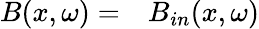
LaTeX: \begin{array}{rl}{B(x,\omega)=}&{{}B_{in}(x,\omega)}\end{array}